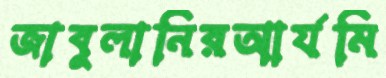
জাবুলানিরআর্যমি